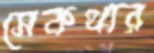
সেকথার